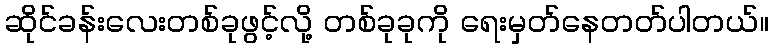
ဆိုင်ခန်းလေးတစ်ခုဖွင့်လို့ တစ်ခုခုကို ရေးမှတ်နေတတ်ပါတယ်။